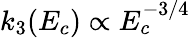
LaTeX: k_{3}(E_{c})\propto E_{c}^{-3/4}